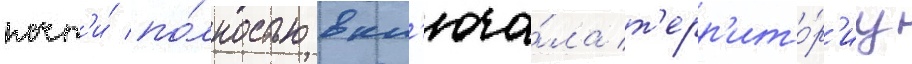
почт'и́ по́лностью вкл'юча́ла т'ерр'ито́р'иу